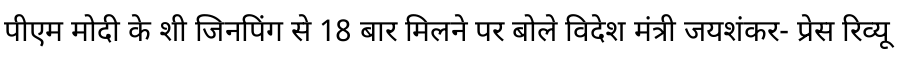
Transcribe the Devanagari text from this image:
पीएम मोदी के शी जिनपिंग से 18 बार मिलने पर बोले विदेश मंत्री जयशंकर- प्रेस रिव्यू